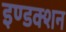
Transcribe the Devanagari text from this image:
इण्डक्शन